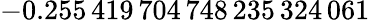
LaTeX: -0.255\, 419\, 704\, 748\, 235\, 324\, 061